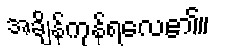
အချိန်ကုန်ရလေ၏။